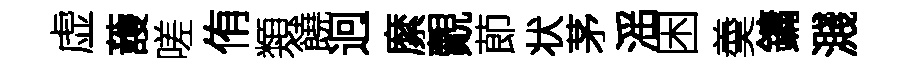
虚䕶嗟侑類饒迥縻覿莭状茅滛困羮鏞濺